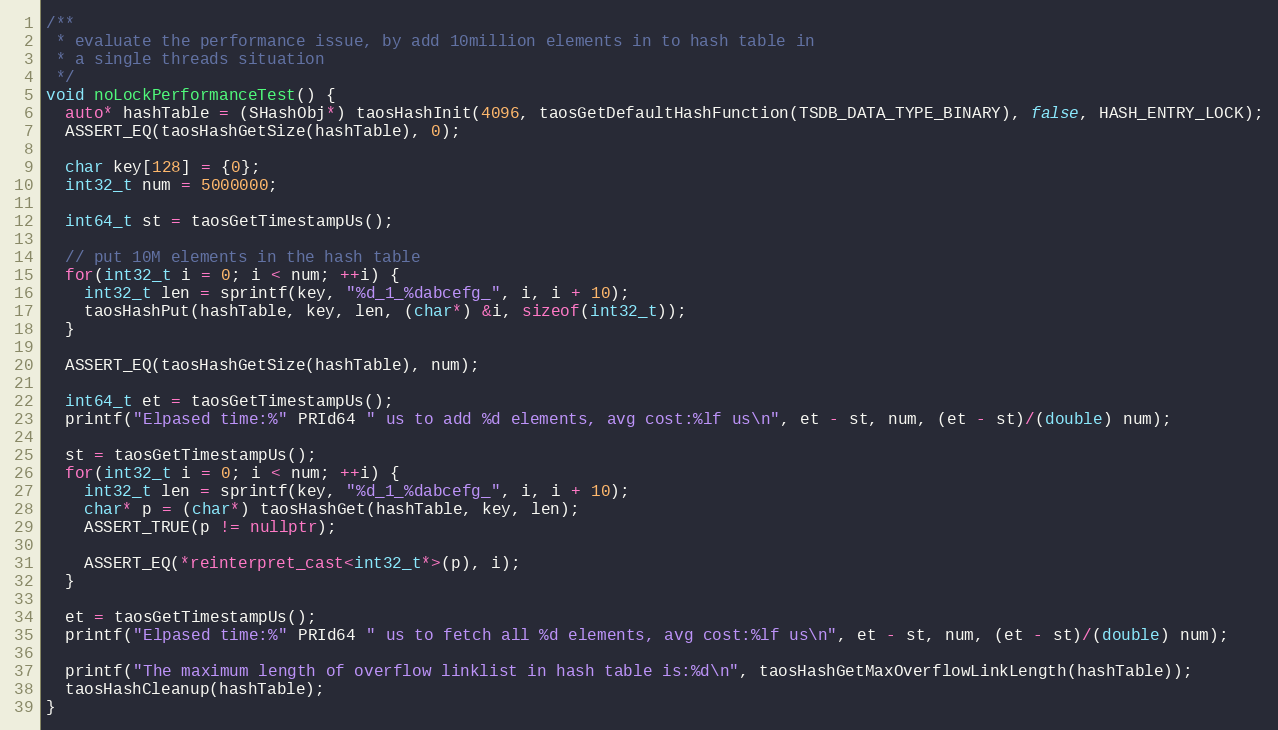
Language: C++
/**
 * evaluate the performance issue, by add 10million elements in to hash table in
 * a single threads situation
 */
void noLockPerformanceTest() {
  auto* hashTable = (SHashObj*) taosHashInit(4096, taosGetDefaultHashFunction(TSDB_DATA_TYPE_BINARY), false, HASH_ENTRY_LOCK);
  ASSERT_EQ(taosHashGetSize(hashTable), 0);

  char key[128] = {0};
  int32_t num = 5000000;

  int64_t st = taosGetTimestampUs();

  // put 10M elements in the hash table
  for(int32_t i = 0; i < num; ++i) {
    int32_t len = sprintf(key, "%d_1_%dabcefg_", i, i + 10);
    taosHashPut(hashTable, key, len, (char*) &i, sizeof(int32_t));
  }

  ASSERT_EQ(taosHashGetSize(hashTable), num);

  int64_t et = taosGetTimestampUs();
  printf("Elpased time:%" PRId64 " us to add %d elements, avg cost:%lf us\n", et - st, num, (et - st)/(double) num);

  st = taosGetTimestampUs();
  for(int32_t i = 0; i < num; ++i) {
    int32_t len = sprintf(key, "%d_1_%dabcefg_", i, i + 10);
    char* p = (char*) taosHashGet(hashTable, key, len);
    ASSERT_TRUE(p != nullptr);

    ASSERT_EQ(*reinterpret_cast<int32_t*>(p), i);
  }

  et = taosGetTimestampUs();
  printf("Elpased time:%" PRId64 " us to fetch all %d elements, avg cost:%lf us\n", et - st, num, (et - st)/(double) num);

  printf("The maximum length of overflow linklist in hash table is:%d\n", taosHashGetMaxOverflowLinkLength(hashTable));
  taosHashCleanup(hashTable);
}